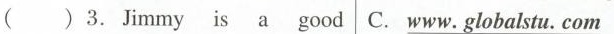
( )3. Jimmy is a good C. \underline{www.globalstu. com}